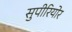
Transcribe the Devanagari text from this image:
सुपीरियोर